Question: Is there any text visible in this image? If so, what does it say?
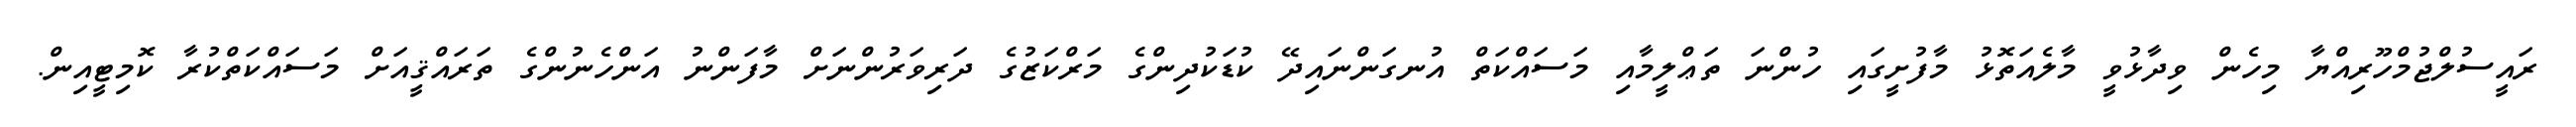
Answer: ރައީސުލްޖުމްހޫރިއްޔާ މިހެން ވިދާޅުވީ މާލެއަތޮޅު މާފުށީގައި ހުންނަ ތަޢްލީމާއި މަސައްކަތް އުނގަންނައިދޭ ކުޑަކުދިންގެ މަރްކަޒުގެ ދަރިވަރުންނަށް މާފަންނު އަންހެނުންގެ ތަރައްޤީއަށް މަސައްކަތްކުރާ ކޮމިޓީއިން.